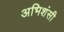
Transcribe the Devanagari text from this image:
अभिशंसी